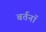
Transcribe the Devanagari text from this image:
बर्तनॉ